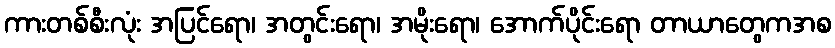
ကားတစ်စီးလုံး အပြင်ရော၊ အတွင်းရော၊ အမိုးရော၊ အောက်ပိုင်းရော တာယာတွေကအစ